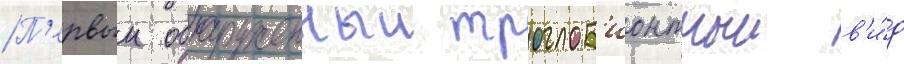
П'ервыи обнаруженныи троглоб'ионтныи в'и́д